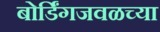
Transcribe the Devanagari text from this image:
बोर्डिंगजवळच्या